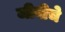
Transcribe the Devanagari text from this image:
जीवीचे